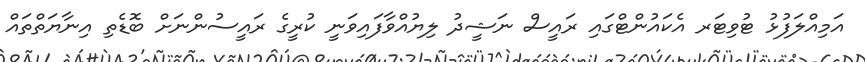
އަމިއްލަފުޅު ޓުވިޓަރ އެކައުންޓްގައި ރައީސް ނަޝީދު ލިޔުއްވާފައިވަނީ ކުރީގެ ރައީސުންނަށް ބޮޑެތި އިނާޔަތްތައް